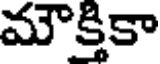
మౌక్తికా